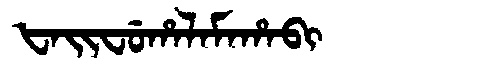
Manchu: ᡶᠠᡳᠸᡠᡥᠠᠯᠠᠮᠠᡥᠠᠪᡳ
Romanization: FAIFUHALAMAHABI